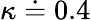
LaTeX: \kappa\doteq 0.4